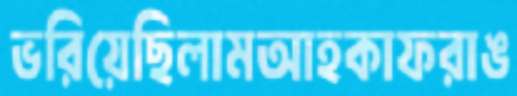
ভরিয়েছিলামআহকাফরাঙ